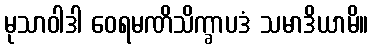
မုသာဝါဒါ ဝေရမဏိသိက္ခာပဒံ သမာဒိယာမိ။